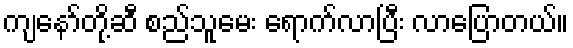
ကျနော်တို့ဆီ စည်သူမေး ရောက်လာပြီး လာပြောတယ်။